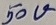
Text: 50V